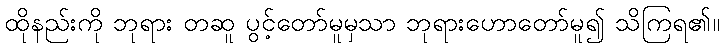
ထိုနည်းကို ဘုရား တဆူ ပွင့်တော်မူမှသာ ဘုရားဟောတော်မူ၍ သိကြရ၏။